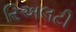
રિઅલટી